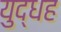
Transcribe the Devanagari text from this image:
युद्धह